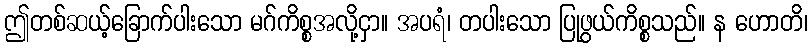
ဤတစ်ဆယ့်ခြောက်ပါးသော မဂ်ကိစ္စအလို့ငှာ။ အပရံ၊ တပါးသော ပြုဖွယ်ကိစ္စသည်။ န ဟောတိ၊